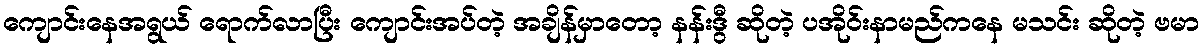
ကျောင်းနေအရွယ် ရောက်လာပြီး ကျောင်းအပ်တဲ့ အချိန်မှာတော့ နန်းဒွီ ဆိုတဲ့ ပအိုဝ်းနာမည်ကနေ မသင်း ဆိုတဲ့ ဗမာ